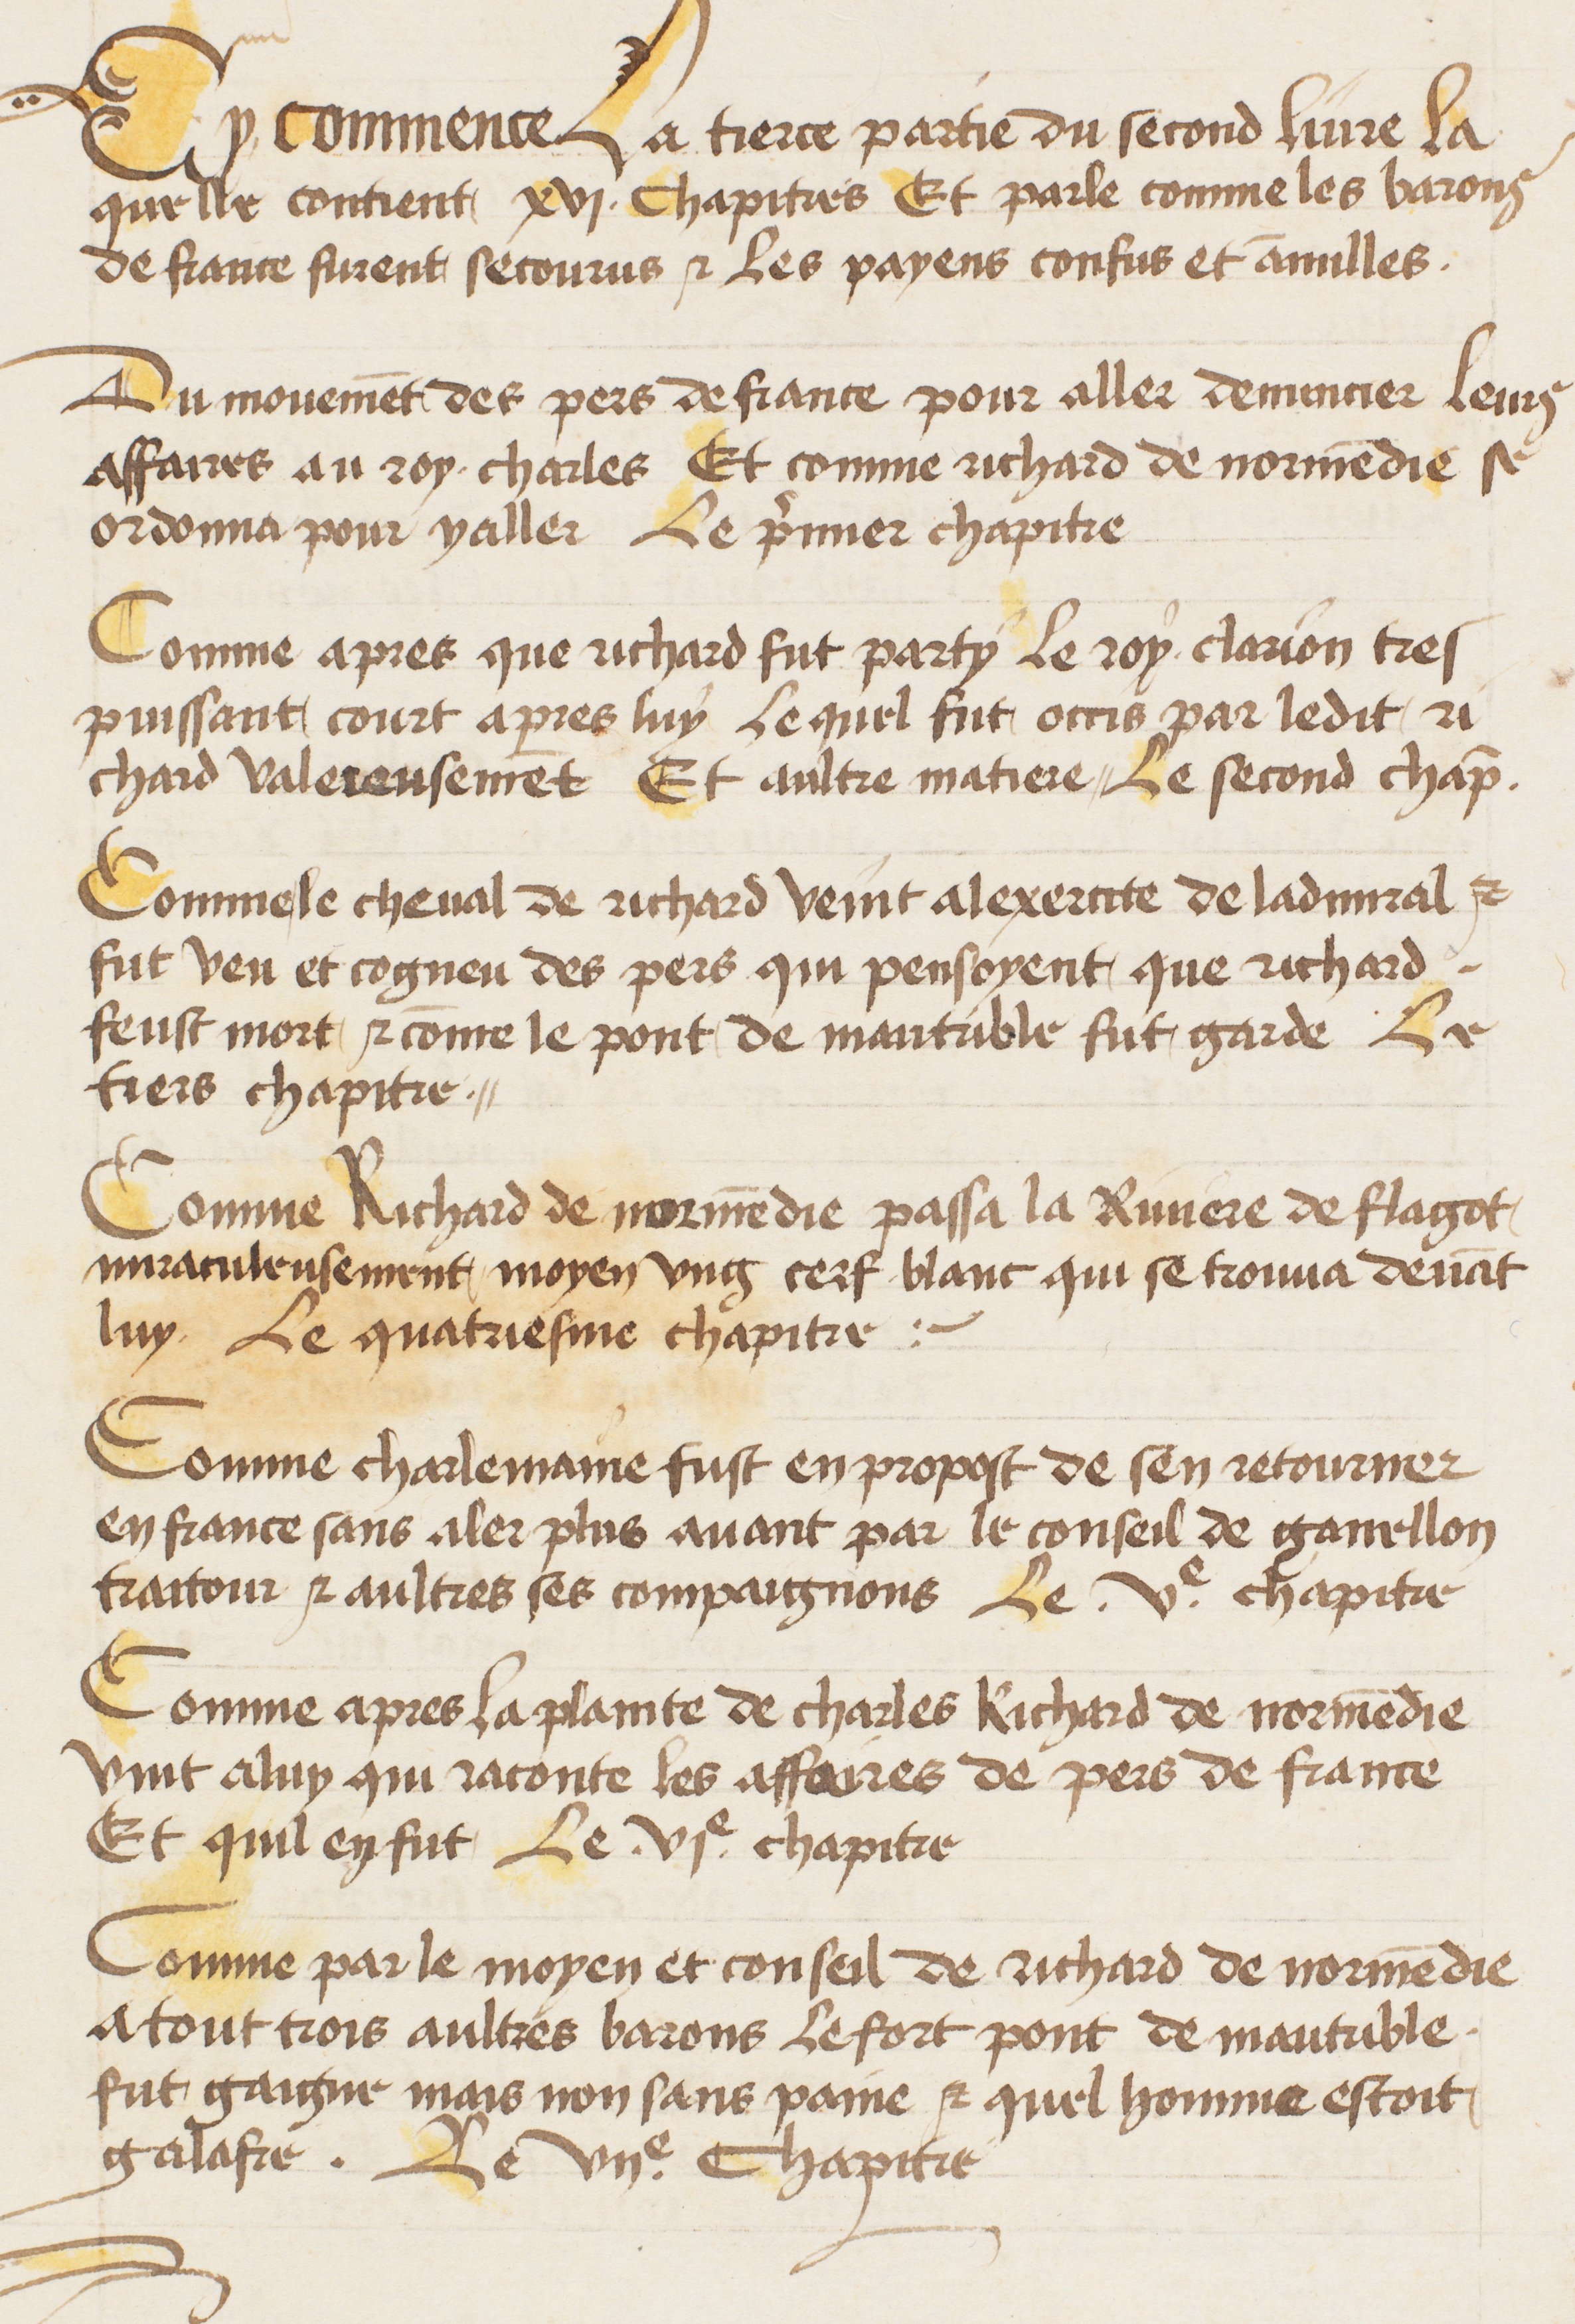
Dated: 1400–1499